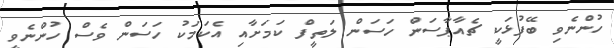
ހުންނެވި ބޭފުޅަކީ ޗެއާޕާސަން ހަސަން ލަތީފް ކަމަށާއި އެކަމަކު ހަސަން ވެސް ހުންނެވީ